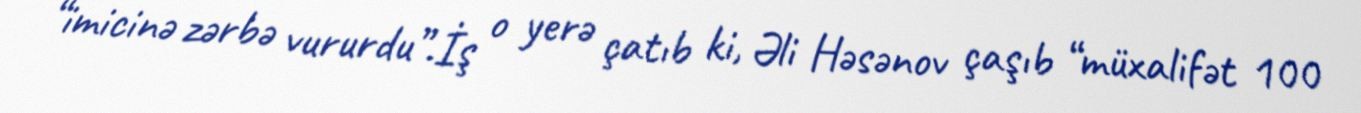
“imicinə zərbə vururdu”.İş o yerə çatıb ki, Əli Həsənov çaşıb “müxalifət 100